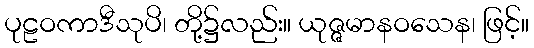
ပုဠဝကာဒီသုပိ၊ တို့၌လည်း။ ယုဇ္ဇမာနဝသေန၊ ဖြင့်။